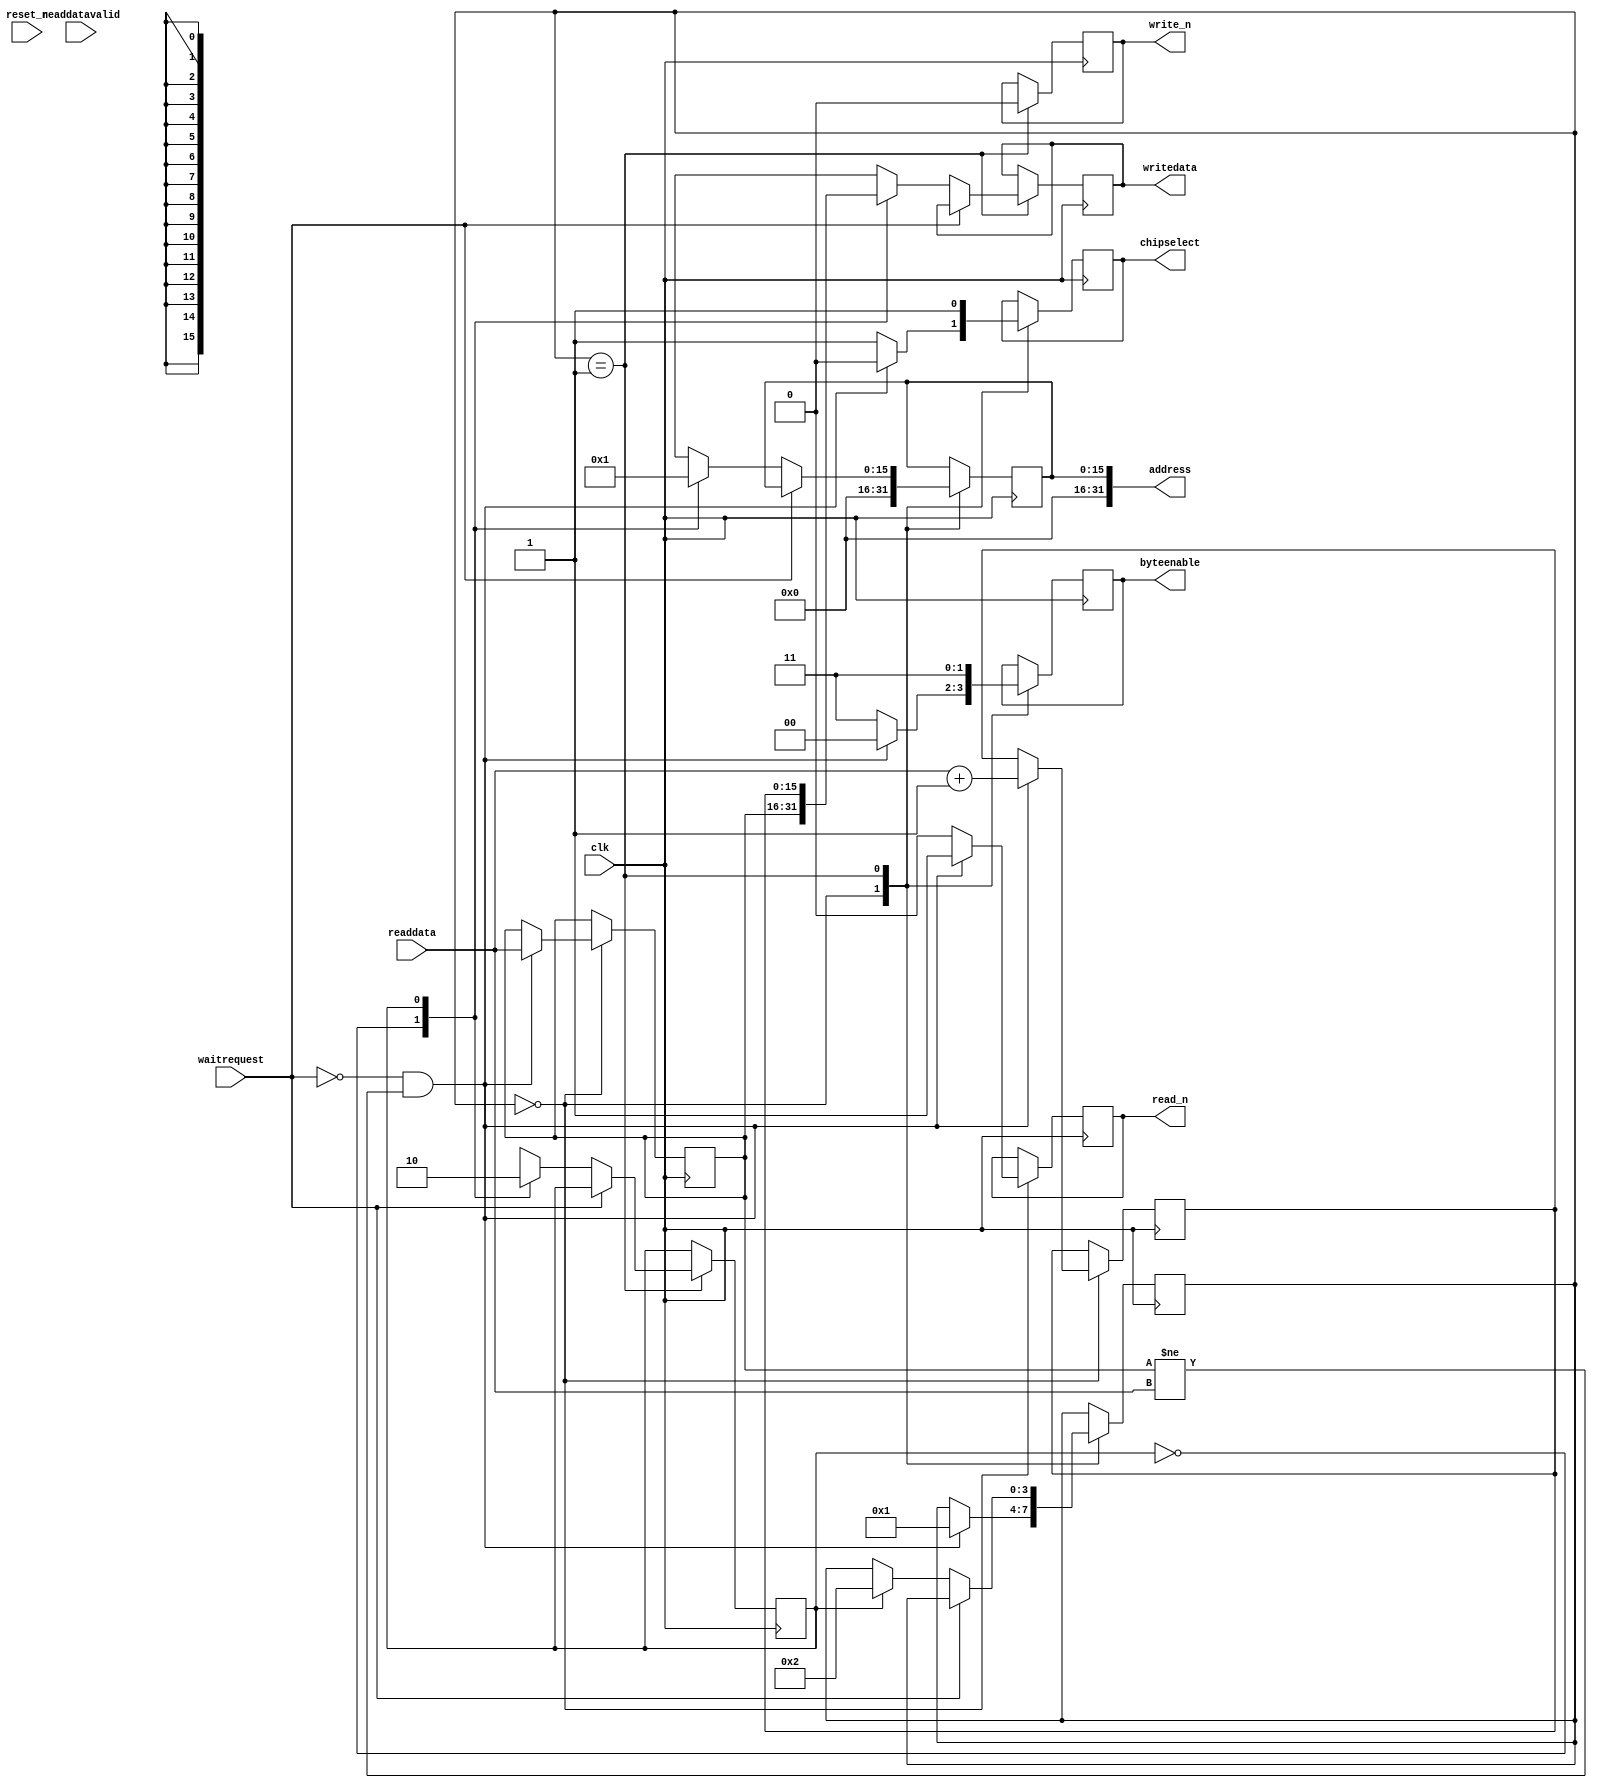
// Samuel Sugimoto, Chen Xie
// EEC181A, W'16
// Group Name: Units
// Lab 3, sdram_master.v

module sdram_master(
	input clk,
	output reg read_n = 1,
	output reg write_n = 1,
	output reg chipselect,
	input waitrequest,
	output reg [31:0] address = 0,
	output reg [1:0] byteenable,
	input readdatavalid,
	input [15:0] readdata,
	output reg [15:0] writedata,
	input reset_n
	);
	
	reg [3:0] counter = 4'b0;
	reg [3:0] state = 4'b0;
	reg [15:0] readin = 16'b0;
	reg [15:0] readin_mod = 16'b0;
	reg [0:0] toggle = 1'b0;

	//Begin code here
	always @ (posedge clk)
	begin
		case(state [3:0])
			4'b0000:
			begin
				read_n <= 0;
				address [15:0] <= 0;
				chipselect <= 1;
				byteenable [1:0] <= 2'b11;
				if((waitrequest == 0) && (readin [15:0] != readdata [15:0]))
				begin
					readin [15:0] <= readdata[15:0];
					readin_mod[15:0] <= (readdata[15:0] + 1);
					read_n <= 1;
					chipselect <= 0;
					byteenable <= 0;
					state <= 4'b0001;
				end
			end
			4'b0001:
			begin
				write_n <= 0;
				//address [15:0] <= 0;
				chipselect <= 1;
				byteenable [1:0] <= 2'b11;
				//writedata [15:0] <= readin_mod [15:0];
				if(waitrequest == 0)
				begin
					case(toggle [0:0])
						1'b0:
						begin
							address [15:0] <= 0;
							writedata <= readin[15:0];
							toggle [0:0] <= 1'b1;
						end
						1'b1:
						begin
							address [15:0] <= 1;
							writedata <= readin_mod [15:0];
							toggle [0:0] <= 1'b0;
							state <= 4'b0010;
						end
					endcase
				end
			end
			4'b0010:
			begin
				
			end
			4'b0011:
			begin
				
			end
		endcase
	end

endmodule